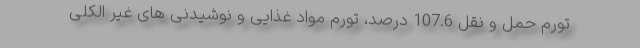
تورم حمل و نقل 107.6 درصد، تورم مواد غذایی و نوشیدنی های غیر الکلی